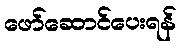
ဖော်ဆောင်ပေးရန်